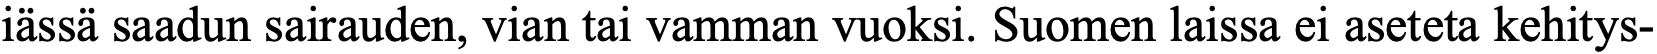
iässä saadun sairauden, vian tai vamman vuoksi. Suomen laissa ei aseteta kehitys-